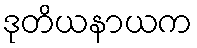
ဒုတိယနာယက